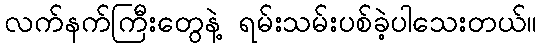
လက်နက်ကြီးတွေနဲ့ ရမ်းသမ်းပစ်ခဲ့ပါသေးတယ်။